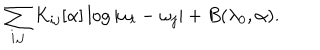
\sum _ { i , j } K _ { i j } [ \alpha ] \log | \omega _ { i } - \omega _ { j } | + B ( \lambda _ { 0 } , \alpha ) .